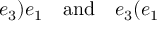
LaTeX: e _ { 3 } \mathbf { ) } e _ { 1 } \quad \mathrm { a n d } \quad e _ { 3 } \mathbf { ( } e _ { 1 }